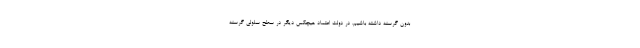
بدون گرسنه داشته باشیم. در دولت اعتماد هیچکس دیگر در سطح سلولی گرسنه